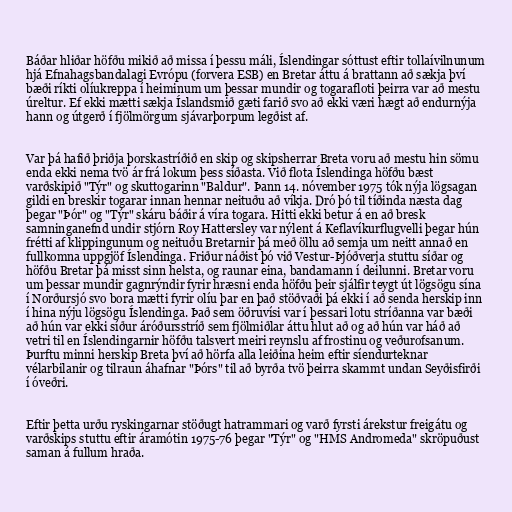
Báðar hliðar höfðu mikið að missa í þessu máli, Íslendingar sóttust eftir tollaívilnunum
hjá Efnahagsbandalagi Evrópu (forvera ESB) en Bretar áttu á brattann að sækja því
bæði ríkti olíukreppa í heiminum um þessar mundir og togarafloti þeirra var að mestu
úreltur. Ef ekki mætti sækja Íslandsmið gæti farið svo að ekki væri hægt að endurnýja
hann og útgerð í fjölmörgum sjávarþorpum legðist af.

Var þá hafið þriðja þorskastríðið en skip og skipsherrar Breta voru að mestu hin sömu
enda ekki nema tvö ár frá lokum þess síðasta. Við flota Íslendinga höfðu bæst
varðskipið "Týr" og skuttogarinn "Baldur". Þann 14. nóvember 1975 tók nýja lögsagan
gildi en breskir togarar innan hennar neituðu að víkja. Dró þó til tíðinda næsta dag
þegar "Þór" og "Týr" skáru báðir á víra togara. Hitti ekki betur á en að bresk
samninganefnd undir stjórn Roy Hattersley var nýlent á Keflavíkurflugvelli þegar hún
frétti af klippingunum og neituðu Bretarnir þá með öllu að semja um neitt annað en
fullkomna uppgjöf Íslendinga. Friður náðist þó við Vestur-Þjóðverja stuttu síðar og
höfðu Bretar þá misst sinn helsta, og raunar eina, bandamann í deilunni. Bretar voru
um þessar mundir gagnrýndir fyrir hræsni enda höfðu þeir sjálfir teygt út lögsögu sína
í Norðursjó svo bora mætti fyrir olíu þar en það stöðvaði þá ekki í að senda herskip inn
í hina nýju lögsögu Íslendinga. Það sem öðruvísi var í þessari lotu stríðanna var bæði
að hún var ekki síður áróðursstríð sem fjölmiðlar áttu hlut að og að hún var háð að
vetri til en Íslendingarnir höfðu talsvert meiri reynslu af frostinu og veðurofsanum.
Þurftu minni herskip Breta því að hörfa alla leiðina heim eftir síendurteknar
vélarbilanir og tilraun áhafnar "Þórs" til að byrða tvö þeirra skammt undan Seyðisfirði
í óveðri.

Eftir þetta urðu ryskingarnar stöðugt hatrammari og varð fyrsti árekstur freigátu og
varðskips stuttu eftir áramótin 1975-76 þegar "Týr" og "HMS Andromeda" skröpuðust
saman á fullum hraða.